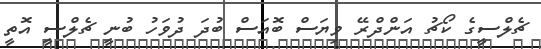
ޗެލްސީގެ ކޯޗު އަންދްރޭ ވިޔަސް ބޮއަސް ބުދަ ދުވަހު ބުނީ ޗެލްސީ އޮތީ